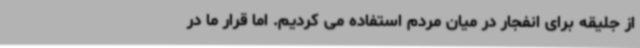
از جلیقه برای انفجار در میان مردم استفاده می کردیم. اما قرار ما در